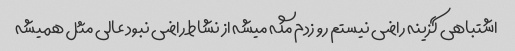
اشتباهی گزینه راضی نیستم رو زدم مگه میشه از نشاط راضی نبود عالی مثل همیشه